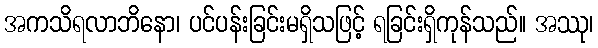
အကသိရလာဘိနော၊ ပင်ပန်းခြင်းမရှိသဖြင့် ရခြင်းရှိကုန်သည်။ အဿု၊